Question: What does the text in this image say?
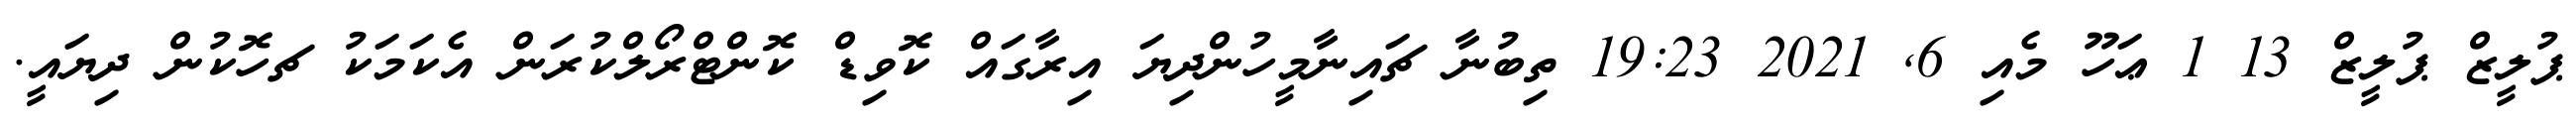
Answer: ޕުލީޒް ޕުލީޒް 13 1 ޢަހޫ މެއި 6, 2021 19:23 ތިބުނާ ޗައިނާމީހުންދިޔަ އިރާގައް ކޮވިޑް ކޮންޓްރޯލްކުރަން އެކަމަކު ޗހޮކުން ދިޔައީ.